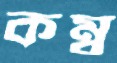
কম্বু